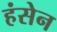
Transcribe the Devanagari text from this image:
हंसेन